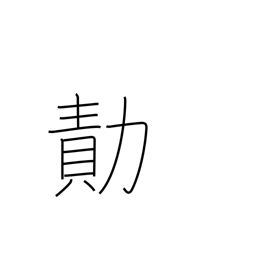
Meaning: achievement